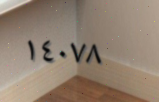
١٤٠٧٨